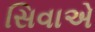
સિવાએ